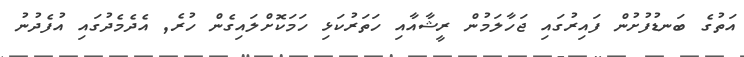
އަތުގެ ބަނޑުފުށުން ފައިރުގައި ޖަހާލަމުން ރީޝާއާއި ހަތަރުކަޅި ހަމަކޮށްލައިގެން ހުރެ